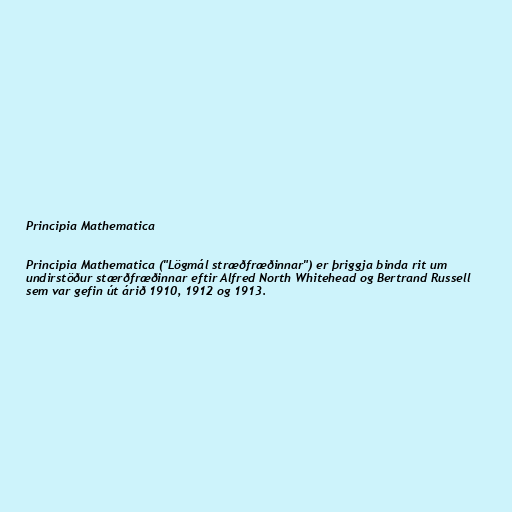
Principia Mathematica

Principia Mathematica ("Lögmál stræðfræðinnar") er þriggja binda rit um
undirstöður stærðfræðinnar eftir Alfred North Whitehead og Bertrand Russell
sem var gefin út árið 1910, 1912 og 1913.